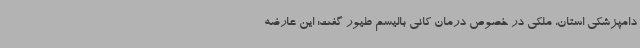
دامپزشکی استان، ملکی در خصوص درمان کانی بالیسم طیور گفت: این عارضه